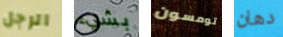
الرجل بشيء تومسون دهان